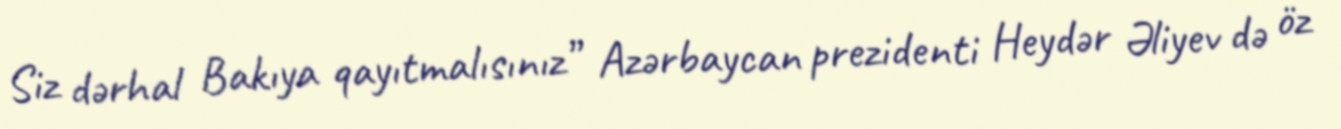
Siz dərhal Bakıya qayıtmalısınız” Azərbaycan prezidenti Heydər Əliyev də öz